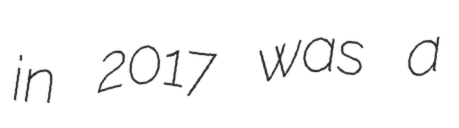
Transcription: in 2017 was a